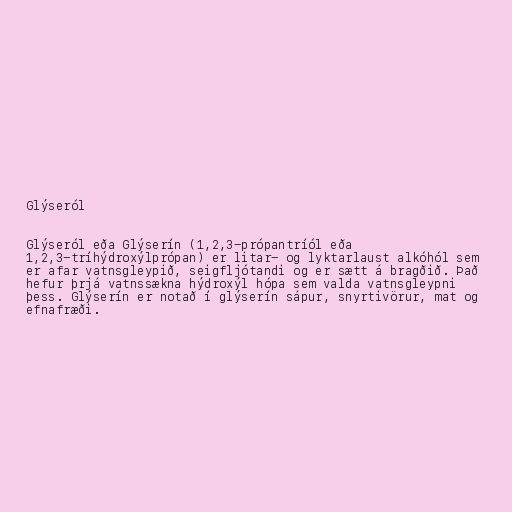
Glýseról

Glýseról eða Glýserín (1,2,3-própantríól eða
1,2,3-tríhýdroxýlprópan) er litar- og lyktarlaust alkóhól sem
er afar vatnsgleypið, seigfljótandi og er sætt á bragðið. Það
hefur þrjá vatnssækna hýdroxýl hópa sem valda vatnsgleypni
þess. Glýserín er notað í glýserín sápur, snyrtivörur, mat og
efnafræði.